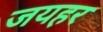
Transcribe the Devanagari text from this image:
जयहर